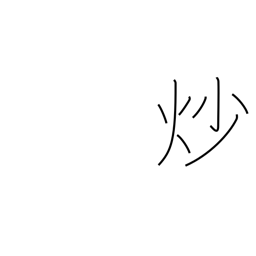
Meaning: roast